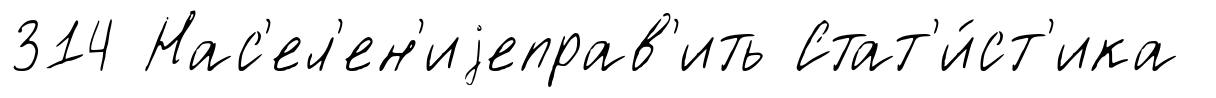
314 Нас'ел'ен'иjеправ'ить Стат'и́ст'ика